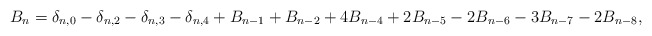
\begin{align*}B_n=\delta_{n,0}-\delta_{n,2}-\delta_{n,3}-\delta_{n,4}+B_{n-1}+B_{n-2}+4B_{n-4}+2B_{n-5}-2B_{n-6}-3B_{n-7}-2B_{n-8},\end{align*}